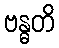
ဗန္ဓတိ